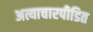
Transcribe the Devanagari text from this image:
अत्याचारपीडित